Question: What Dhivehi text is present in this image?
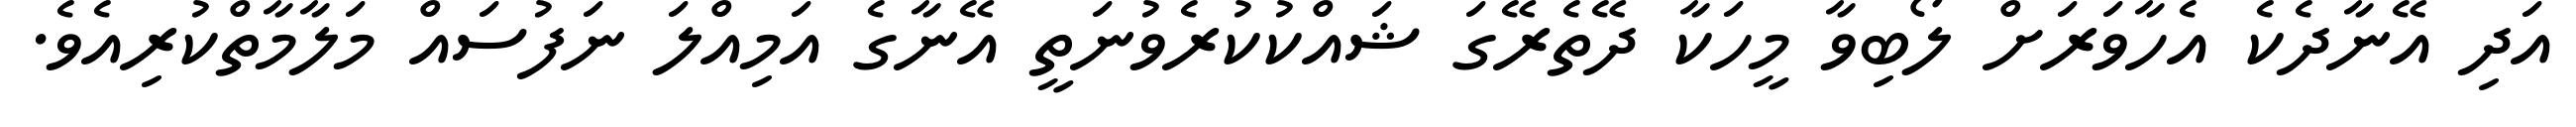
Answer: އަދި އޭނާދެކެ އެހާވަރަށް ލޯބިވާ މީހަކާ ދޭތެރޭގަ ޝައްކުކުރެވުނަތީ އޭނާގެ އަމިއްލަ ނަފުސައް މަލާމާތްކުރިއެވެ.